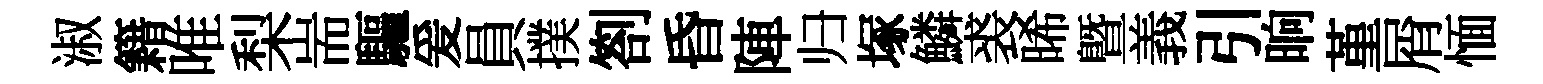
淑籍唯梨耑驅爰員撲劄昏陣归塚鱗裘晞曁義引晌堇屑愐